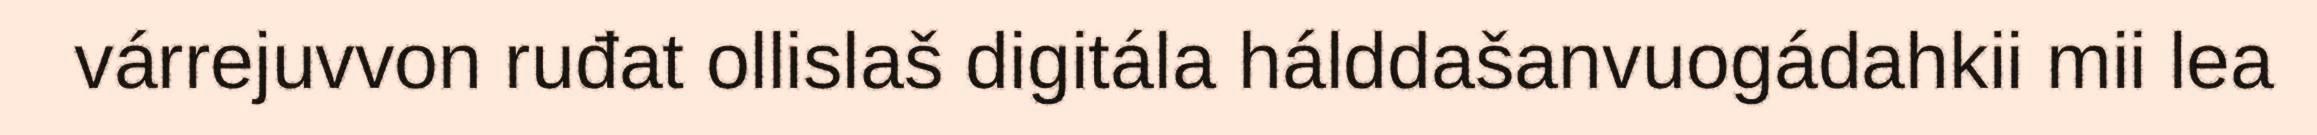
várrejuvvon ruđat ollislaš digitála hálddašanvuogádahkii mii lea